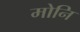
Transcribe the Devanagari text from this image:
मोनि